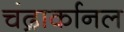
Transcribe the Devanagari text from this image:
चंद्रार्कानल